Civil Veterinary Dept. North-West Frontier Province 1901-22 - 1901-1922
Year: 1901
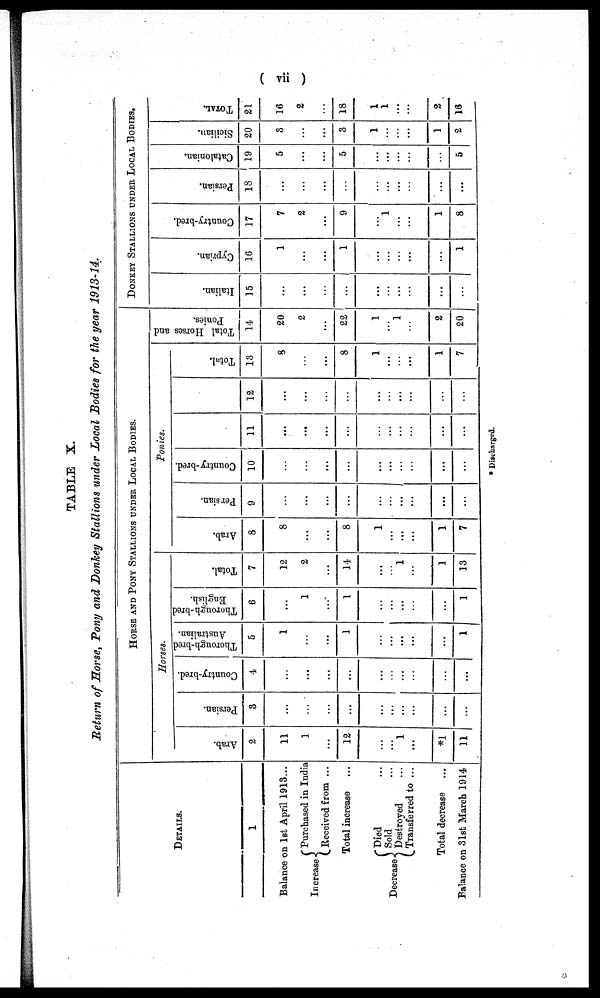
( vii )
TABLE X.
Return of Horse, Pony and Donkey Stallions under Local Bodies for the year 1913-14.
DETAILS.
1
Balance on 1st April 1913...
Increase{
Decrease{
Purchased in India
Received from ...
Total increase
Died
Sold
...
Destroyed ...
Transferred to ...
Total decrease
Balance on 31st March 1914
HORSE AND PONY STALLIONS UNDER LOCAL BODIES.
Horses.
Arab.
2
11
1
...
12
...
1
...
*1
11
Persian.
3
...
...
...
...
...
...
...
...
...
Country-bred.
4
...
...
...
...
...
...
...
...
...
Thorough-bred
Australian.
5
1
...
...
1
...
...
...
...
1
Thorough-bred
English.
6
...
1
...
1
...
...
...
...
1
Total.
7
12
2
...
14
...
...
1
...
1
13
Ponies.
Arab.
8
8
...
...
8
1
...
...
1
7
Persian.
9
...
...
...
...
...
...
...
...
...
Country-bred.
10
...
...
...
...
...
...
...
...
...
11
...
...
...
...
...
...
...
...
...
12
...
...
...
...
...
...
...
...
...
Total.
13
8
...
...
8
1
...
...
1
7
Total Horses and
Ponies.
14
20
2
...
22
1
...
1
...
2
20
DONKEY STALLIONS UNDER LOCAL BODIES.
Italian.
15
...
...
...
...
...
...
...
...
...
Cypr i
an.
16
1
...
...
1
...
...
...
...
1
Count r
y- br e d.
17
7
2
...
9
...
1
...
1
8
Persian.
18
...
...
...
...
...
...
...
...
...
Cat al oni an.
19
5
...
...
5
...
...
...
5
Sicilian.
20
3
...
...
3
1
...
...
1
2
TOTAL.
21
16
2
...
18
1
1
...
2
16
* Discharged.